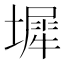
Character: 墀